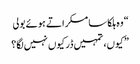
“ وہ ہلکا سا مسکراتے ہوئے بولی
” کیوں، تمہیں ڈر کیوں نہیں لگا؟